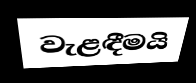
වැළඳීමයි